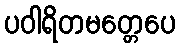
ပဝါရိတမတ္တေပေ